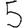
Digit: 5